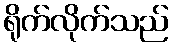
ရိုက်လိုက်သည်